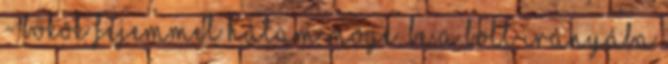
- bökök fejemmel hátam mögé, be a bolt irányába